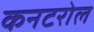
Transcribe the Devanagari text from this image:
कनटरोल